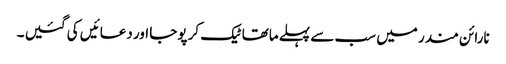
نارائن مندر میں سب سے پہلے ماتھا ٹیک کر پوجا اور دعائیں کی گئیں ۔